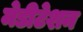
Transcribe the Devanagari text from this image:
मेडीटेशन